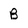
Character: B